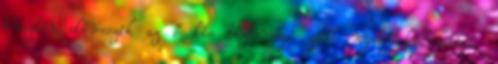
büszkén előveszik az ő kis biztonsági zárt nyitó kulcsaikat,